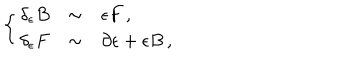
\left\{ \begin{array} { r c l } { { \delta _ { \epsilon } B } } & { { \sim } } & { { \epsilon F \, , } } \\ { { \delta _ { \epsilon } F } } & { { \sim } } & { { \partial \epsilon + \epsilon B \, , } } \\ \end{array} \right.